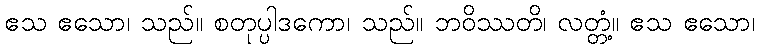
ဧသ ဧသော၊ သည်။ စတုပ္ပါဒကော၊ သည်။ ဘဝိဿတိ၊ လတ္တံ့။ ဧသ ဧသော၊